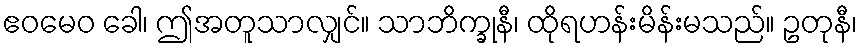
ဧဝမေဝ ခေါ၊ ဤအတူသာလျှင်။ သာဘိက္ခုနီ၊ ထိုရဟန်းမိန်းမသည်။ ဥတုနီ၊